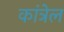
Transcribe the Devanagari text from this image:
कांत्रेल